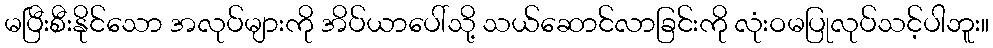
မပြီးစီးနိုင်သော အလုပ်များကို အိပ်ယာပေါ်သို့ သယ်ဆောင်လာခြင်းကို လုံးဝမပြုလုပ်သင့်ပါဘူး။